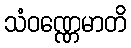
သံဝဏ္ဏေမာတိ